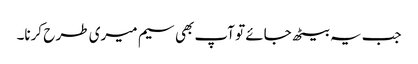
جب یہ بیٹھ جائے تو آپ بھی سیم میری طر ح کرنا۔